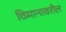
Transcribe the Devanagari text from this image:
विमानावरील